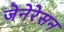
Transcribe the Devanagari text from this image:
जेनेरेसन